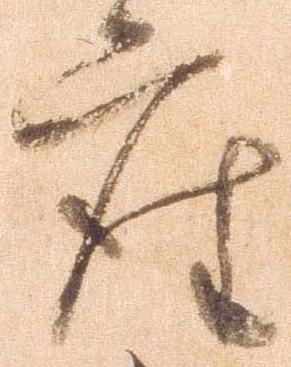
座